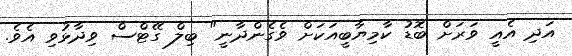
އަދި އެއީ ވަރަށް ބޮޑު ކާމިޔާބީއަކަށް ވެގެންދާނީ" ބިލް ގޭޓްސް ވިދާޅުވި އެވެ.